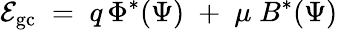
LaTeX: {\cal E}_{\mathrm{gc}}\; =\; q\, \Phi^{*}(\Psi)\; +\; \mu\; B^{*}(\Psi)